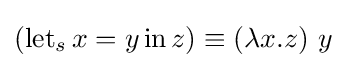
(\operatorname {let} _{s}x=y\operatorname {in} z)\equiv (\lambda x.z)\ y